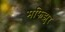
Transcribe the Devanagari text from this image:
मफिझुर